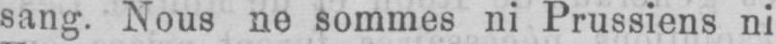
sang. Nous ne sommes ni Prussiens ni